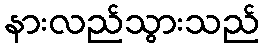
နားလည်သွားသည်